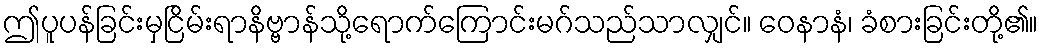
ဤပူပန်ခြင်းမှငြိမ်းရာနိဗ္ဗာန်သို့ရောက်ကြောင်းမဂ်သည်သာလျှင်။ ဝေနာနံ၊ ခံစားခြင်းတို့၏။